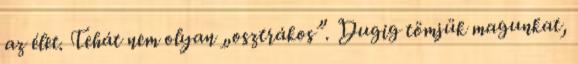
az élet. Tehát nem olyan „osztrákos”. Dugig tömjük magunkat,